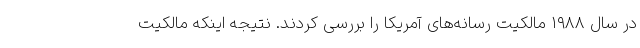
در سال ۱۹۸۸ مالکیت رسانه‌های آمریکا را بررسی کردند. نتیجه اینکه مالکیت